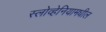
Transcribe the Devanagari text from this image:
स्लोव्हेनियामधील